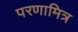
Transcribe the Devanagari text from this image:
परणामित्र